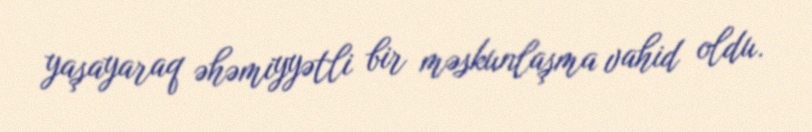
yaşayaraq əhəmiyyətli bir məskunlaşma vahid oldu.